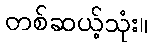
တစ်ဆယ့်သုံး။